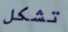
تشكل